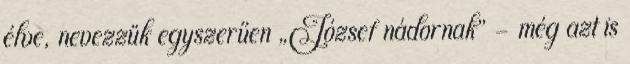
élve, nevezzük egyszerűen „József nádor­nak” - még azt is